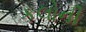
કલોની